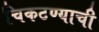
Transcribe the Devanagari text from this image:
चिकटण्याची